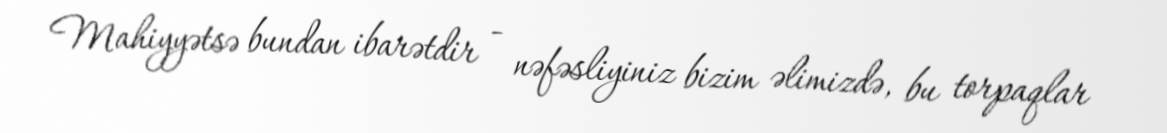
Mahiyyətsə bundan ibarətdir - nəfəsliyiniz bizim əlimizdə, bu torpaqlar